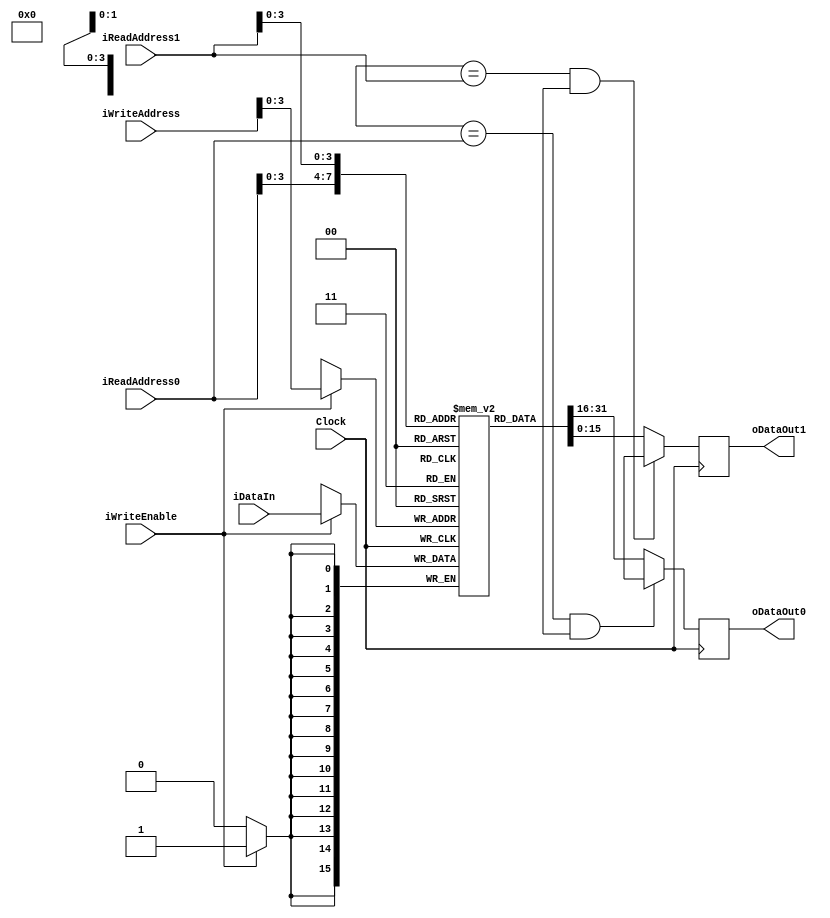
module RAM_DUAL_READ_PORT # ( parameter DATA_WIDTH= 16, parameter ADDR_WIDTH=8, parameter MEM_SIZE=8 )
(
	input wire						Clock,
	input wire						iWriteEnable,
	input wire[ADDR_WIDTH-1:0]	iReadAddress0,
	input wire[ADDR_WIDTH-1:0]	iReadAddress1,
	input wire[ADDR_WIDTH-1:0]	iWriteAddress,
	input wire[DATA_WIDTH-1:0]		 	iDataIn,
	output reg [DATA_WIDTH-1:0] 		oDataOut0,
	output reg [DATA_WIDTH-1:0] 		oDataOut1
);

reg [DATA_WIDTH-1:0] Ram [MEM_SIZE:0];		

always @(posedge Clock) 
begin 
	
		if (iWriteEnable) 
			Ram[iWriteAddress] <= iDataIn; 
			
	
		oDataOut0 <=  ((iWriteAddress0 == iReadAddress0) && iWriteEnable0) ? iDataIn0 : Ram[iReadAddress0]; 
		oDataOut1 <=  ((iWriteAddress0 == iReadAddress1) && iWriteEnable0) ? iDataIn0 : Ram[iReadAddress1]; 
		
end 
endmodule